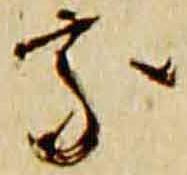
家